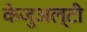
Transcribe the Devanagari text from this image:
केजुअल्टी